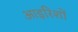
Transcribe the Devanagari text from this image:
आइरिशों